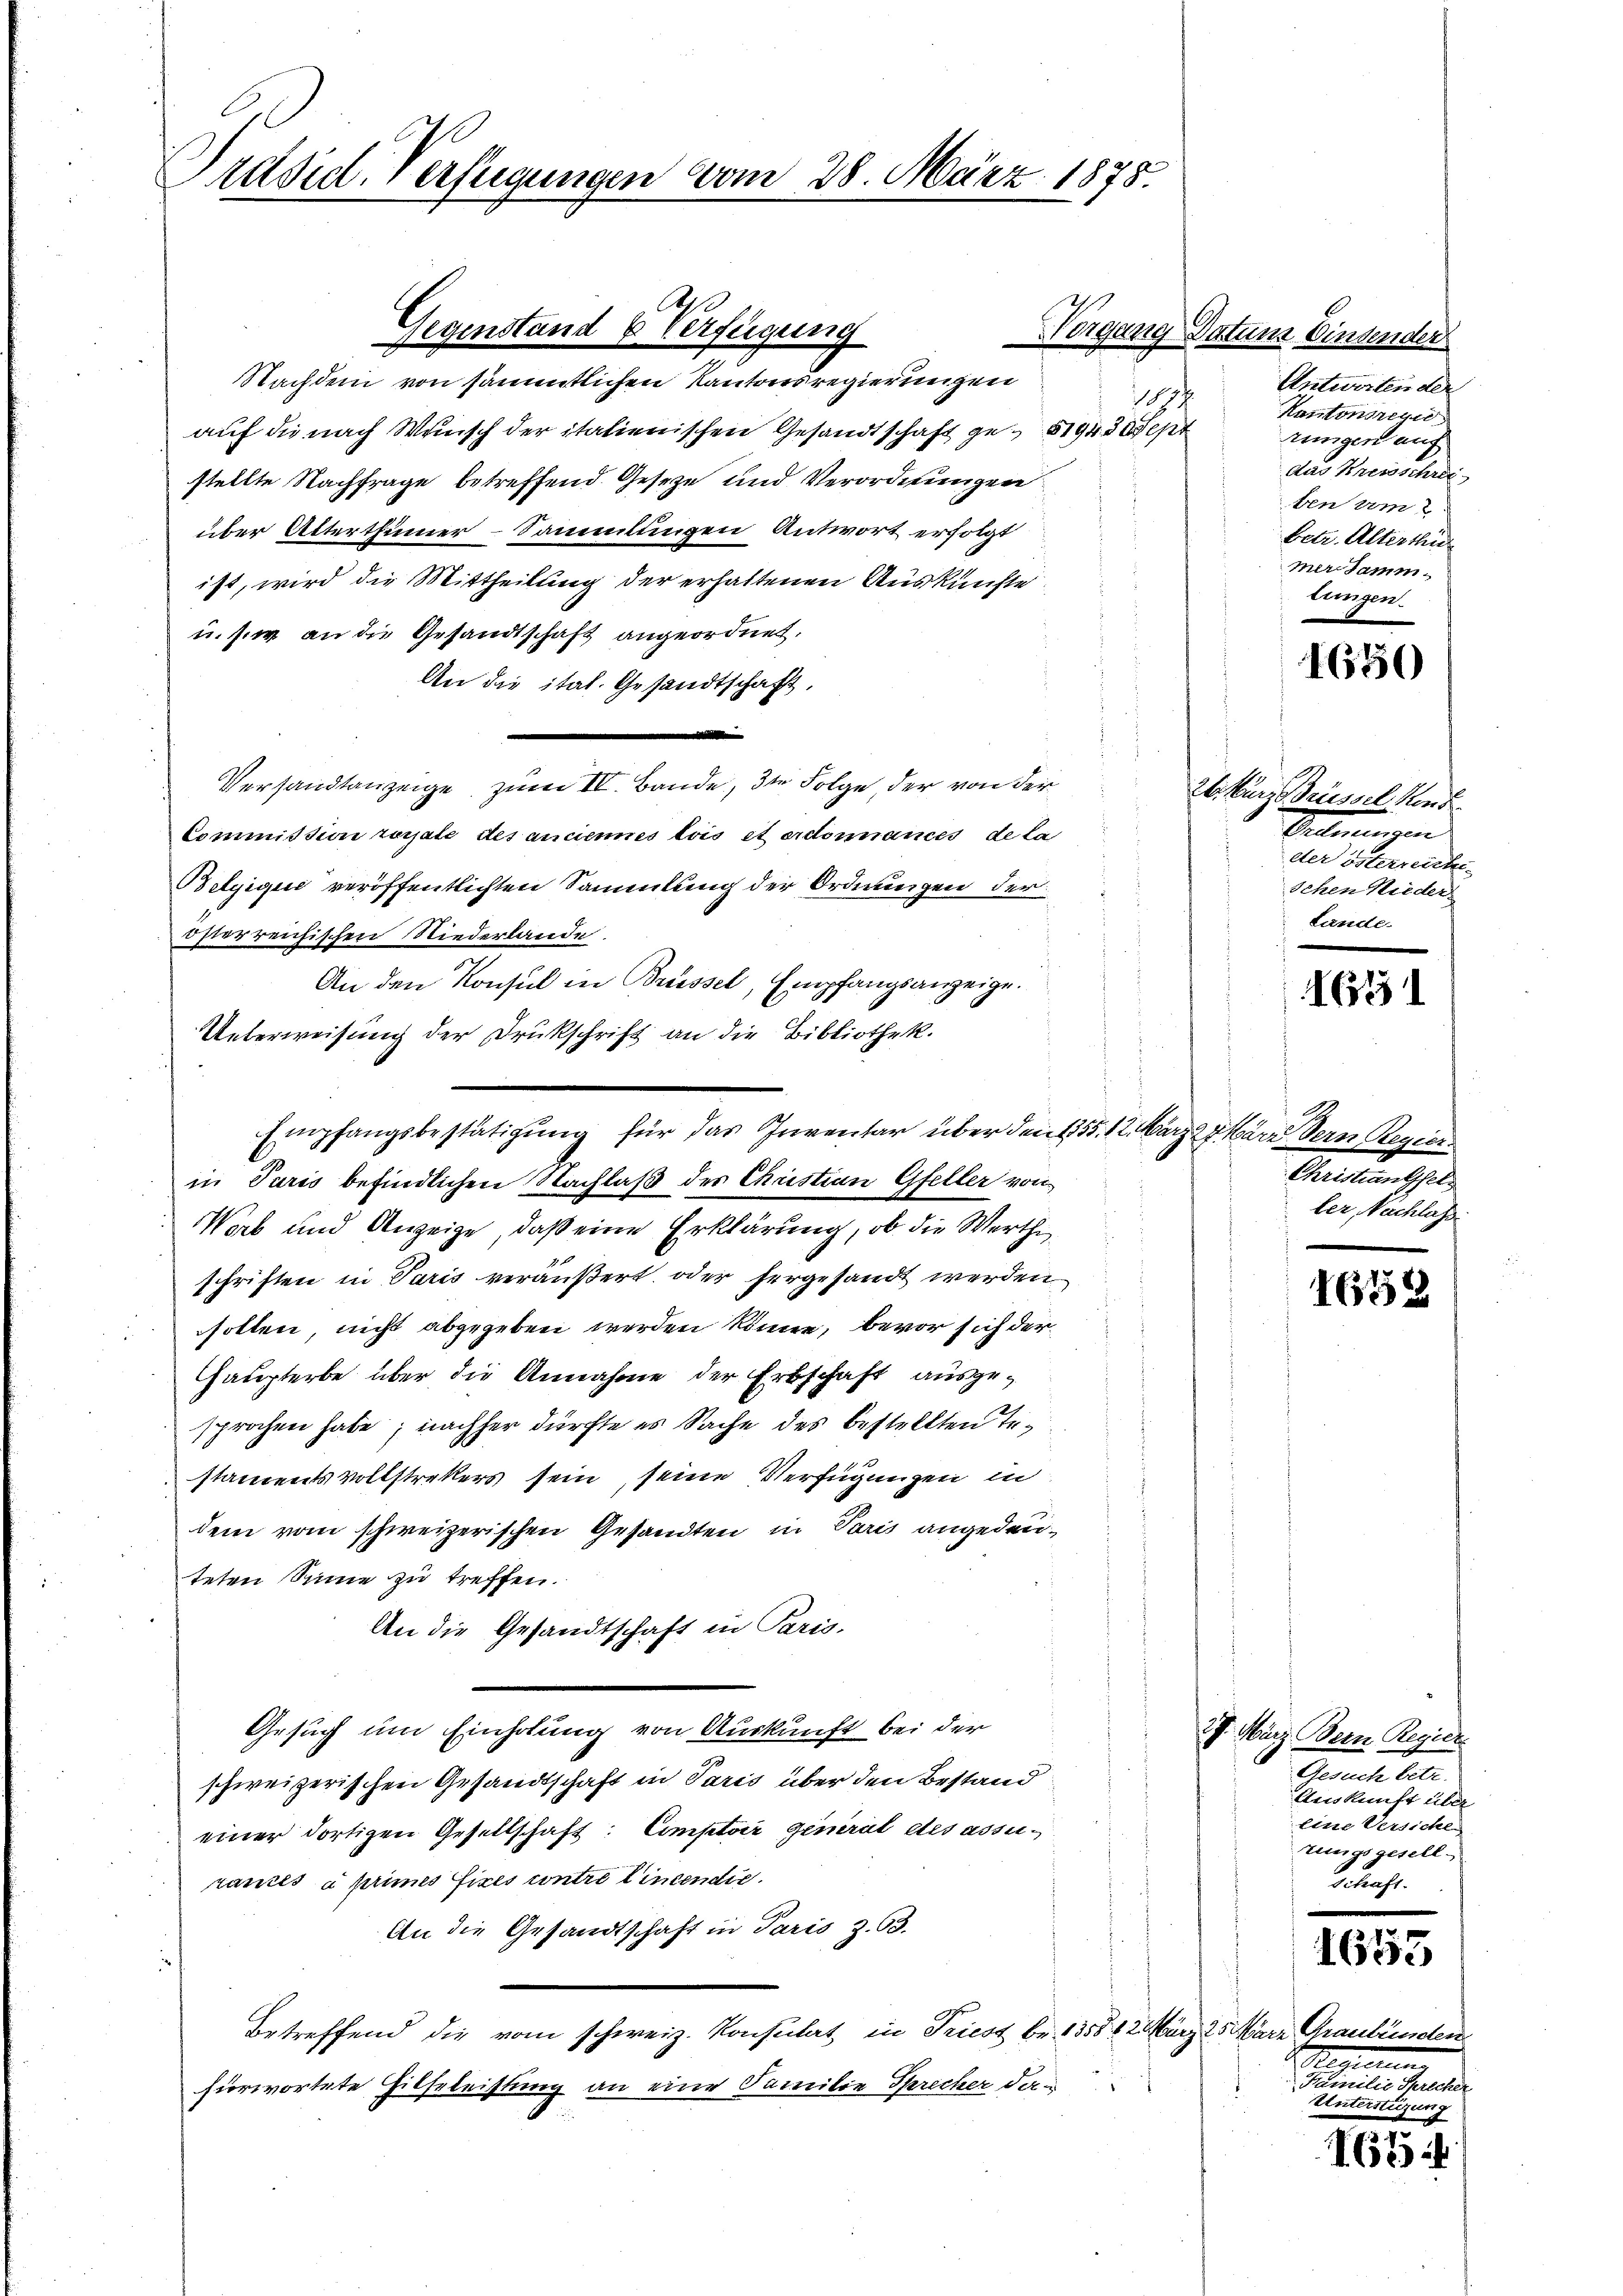
Prdsid. Verfügungen vom 28. März 1875.

Nachdem von sämmtlichen Kantonsregierungen
auf die nach Wunsch der italienischen Gesandtschaft ge- 81943 ept
stellte Nachfrage betreffend Geseze und Verordnungen
über Alterthümer-Sammlungen Antwort erfolgt
ist, wird die Mittheilung der erhaltenen Auskünfte
u. sie an die Gesandtschaft angeordnet.
An die ital. Gesandtschaft,
Versandtanzeige, zum IV. Bande, 3t Folge der von der
Commission royale des anciennes lois et erdonnances de la
Belgique veröffentlichten Sammlung der Ordnungen der
österreichischen Niederlande.
An den Konsul in Brüssel, Empfangsanzeige.
Unterweisung der Drukschrift an die Bibliothek.
Empfangsbestätigung für das Inventar über den 155. 12. März 27. März dern Regier
in Paris befindlichen Nachlaß der Christian Gfeller von
Wab und Anzeige, daß eine Erklärung, ob die Werthe
schriften in Paris veräußert, oder hergesandt werden
sollen, nicht abgegeben werden könne, bevor sich der
Haupterbe über die Annahme der Erbschaft ausgesprochen habe; nachher dürfte es Sache des bestellten Te
stamentsvollstrekers sein, seine Verfügungen in
dem vom schweizerischen Gesandten in Paris angedeuteten Sinne zu treffen.
An die Gesandtschaft in Paris.
Gesuch um Einholung von Auskunft bei der
schweizerischen Gesandtschaft in Paris über den Bestand
einer dortigen Gesellschaft: Comptoir general des assu
zances à primes fixes contre linendic.
An die Gesandtschaft in Paris Z. 63.
Betreffend die vom schweiz. Konsulat, in Triest be 135812. März 25. März Graubünden
fürwortete Hilfeleistung an eine Familie Sprecher dan

A
Gegenstand & Verfügung

174

Norgang Datum Bindender
Antworten der
Kantonsrequ
rungen auf
das Kreisschrif
ben um
betr. Alterthur
mer Samm-
lungen.

1650

1631

Christrangsel
ler, Nachlass

1652

2t. Kurz grüssel Kind
Sectierungen
der österreichen
Schen Nieder
Lande.

27. März Bern Regier
Gesuch betr.
Auskunft über
Eine Versichen
zungsgesell
schaft.

1653

d
Feier eine einer heute
Unterstüzung

17
1684